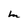
Character: M